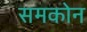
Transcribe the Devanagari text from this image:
समकोन